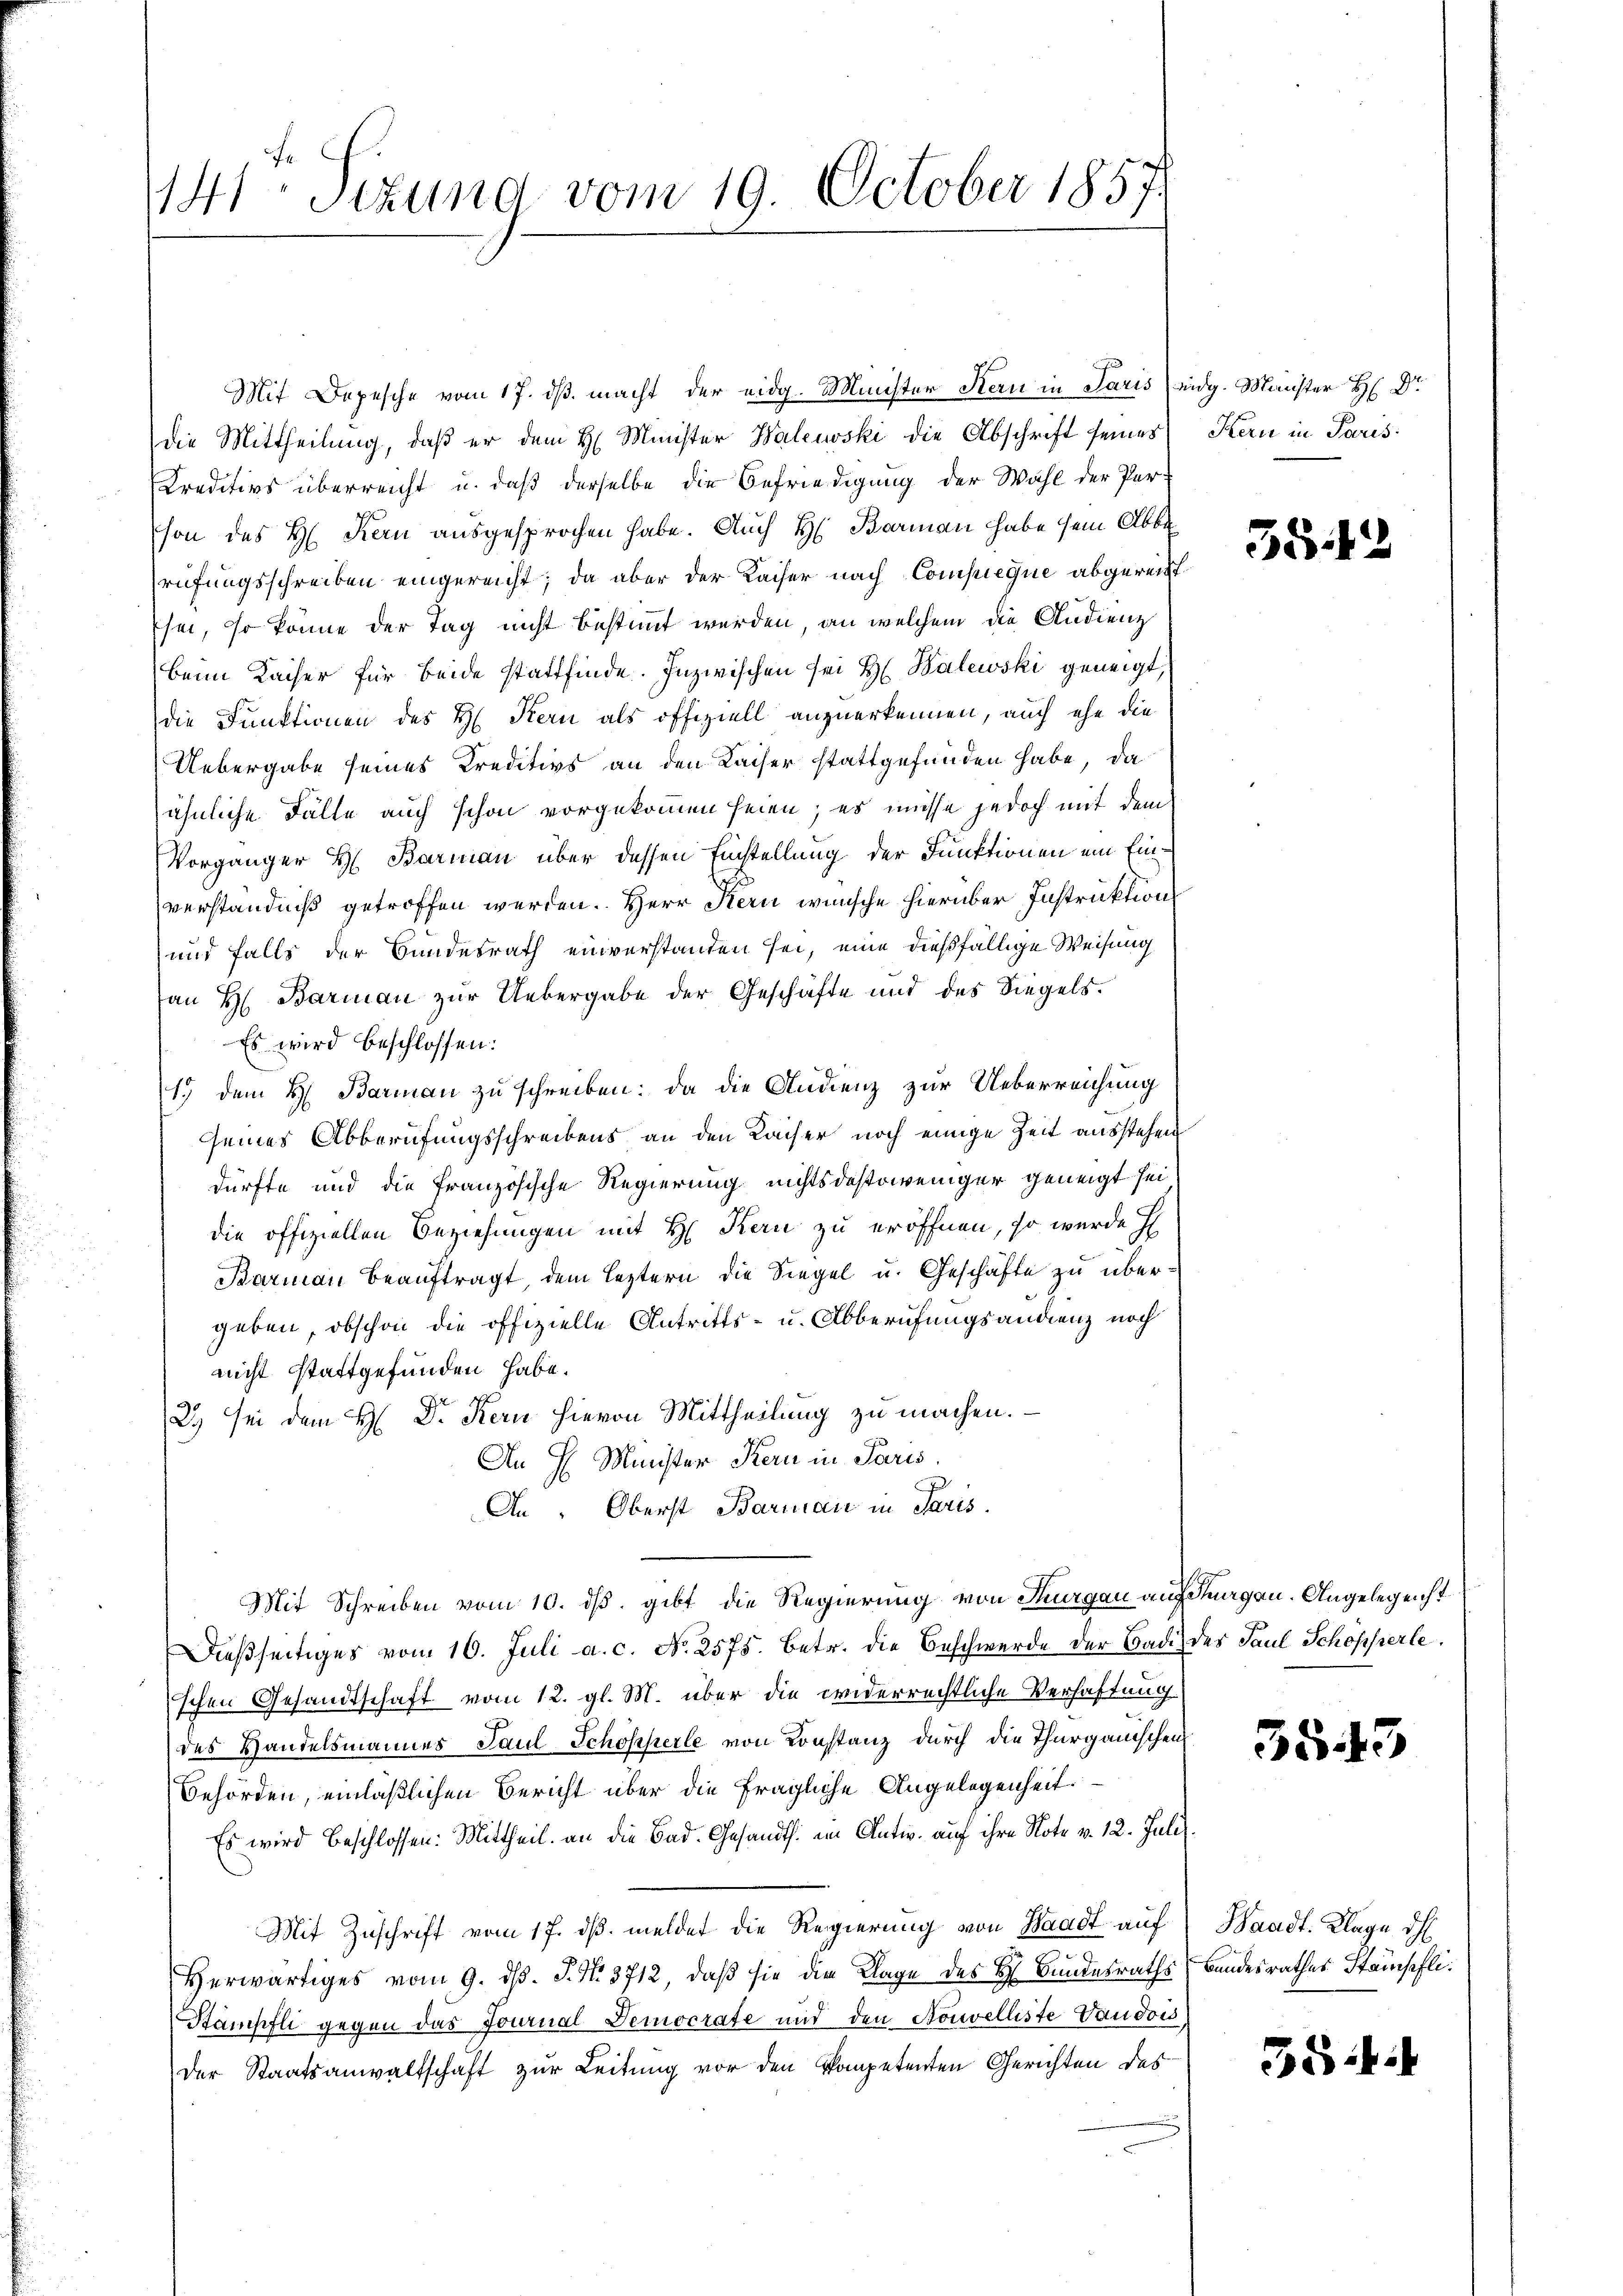
141. Sizung vom 19. October 1857.

Mit Depesche vom 17. dβ macht der eidg. Minister Stern in Paris eidg. Maister H. Dr
die Mittheilung, daß er dem H. Minister Walewski die Abschrift seines
Creditivs überreicht u. daß derselbe die Befriedigung der Wahl der Person des H. Kern ausgesprochen habe. Auch H. Borman habe sein Abbe
rufungsschreiben eingereicht; da aber der Kaiser nach Compieque abgereittsei, so könne der Tag nicht bestimmt werden, an welchem die Audienz
beim Kaiser für beide stattfinde. Inzwischen sei H. Balewski geneigt,
die Funktionen des H. Kern als offiziell anzuerkennen, auch ehe die
Uebergabe seines Kreditivs an den Kaiser stattgefunden habe, da
ähnliche Fälle auch schon vorgekommen seien; es müsse jedoch mit dem
Vorgänger H. Barman über dessen Einstellung der Funktionen ein Einverständniß getroffen werden. Herr Kern wünsche hierüber Instruktions
und falls der Bundesrath einverstanden sei, eine dießfällige Weisung
an H. Barman zur Uebergabe der Geschäfte und des Siegels
Es wird beschlossen:
1.) dem H. Barman zu schreiben: da die Audienz zur Ueberreichung
seines Abberufungsschreibens an den Kaiser noch einige Zeit ausstehen
dürfte und die französische Regierung nichtsdestoweniger geneigt sei
die offiziellen Beziehungen mit H. Kern zu eröffnen, so wurde h
Barman beauftragt, dem leztern die Siegel u. Geschäfte zu übergeben, obschon die offizielle Antritts- u. Abberufungsandrenz noch
nicht stattgefunden habe.
2) sei dem H. Dr. Kern hievon Mittheilung zu machen.
An H. Minister Kern in Paris.
An. Oberst Barman in Paris.
Mit Schreiben vom 10. ds. gibt die Regierung von Thurgau auf Suagen. Angelegenst
Dießseitiges vom 10. Juli a. c. No. 2575. betr. die Beschwerde der Bade des Paul Schöpferle
schen Gesandtschaft vom 12. gl. M. über die widerrechtliche Verhaftung
des Handelsmannes Paul Schöpperle von Konstanz durch die Thurgauischen
Behörden, einläßlichen Bericht über die fragliche Angelegenheit.
Es wird beschlossen: Mittheil an die Bad. Gesandts. im Antw. auf ihre Note v. 12. Juli.
Mit Zuschrift vom 17. dβ meldet die Regierung von Waadt auf
Herwärtiges vom 9. d. J. N. 3712, daß sie die Klage des H. Bundesraths Bandesrathes Stämpfli¬
Stampfli gegen das Journal Democrate und den Konvelliste Vaudois
der Staatsanwaltschaft zur Leitung vor den kompetenten Gerichten des

Kern in Paris.

38.12

5545

Waadt. Klage d

55